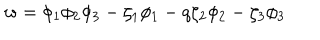
LaTeX: w = \phi _ { 1 } \phi _ { 2 } \phi _ { 3 } - \zeta _ { 1 } \phi _ { 1 } - q \zeta _ { 2 } \phi _ { 2 } - \zeta _ { 3 } \phi _ { 3 }